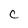
Character: C